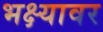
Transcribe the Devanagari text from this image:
भक्ष्यावर